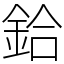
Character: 鉿